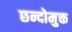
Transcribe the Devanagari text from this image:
छन्दोमुक्त